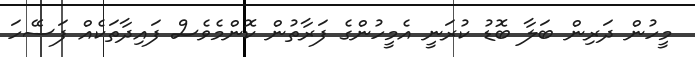
މީހުން ދަރިން ބަލާ ބޮޑު ކުރަނީ އެމީހުންގެ ފަރާތުން ކޮންމެވެސް ފައިދާތަކެއް ފަސޭހަ